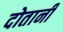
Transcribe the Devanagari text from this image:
दोतानी